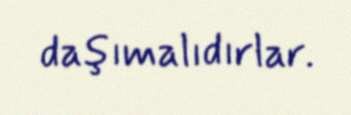
daşımalıdırlar.